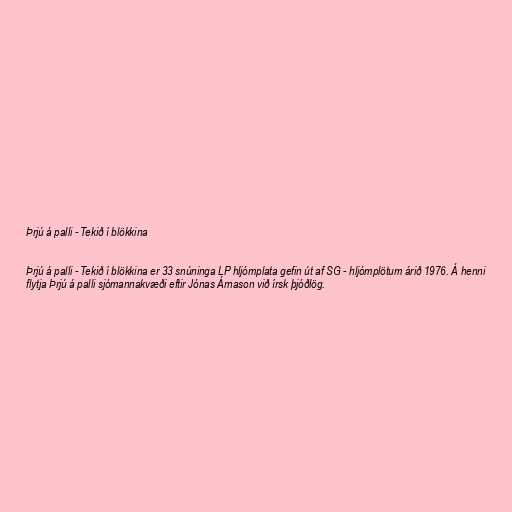
Þrjú á palli - Tekið í blökkina

Þrjú á palli - Tekið í blökkina er 33 snúninga LP hljómplata gefin út af SG - hljómplötum árið 1976. Á henni
flytja Þrjú á palli sjómannakvæði eftir Jónas Árnason við írsk þjóðlög.